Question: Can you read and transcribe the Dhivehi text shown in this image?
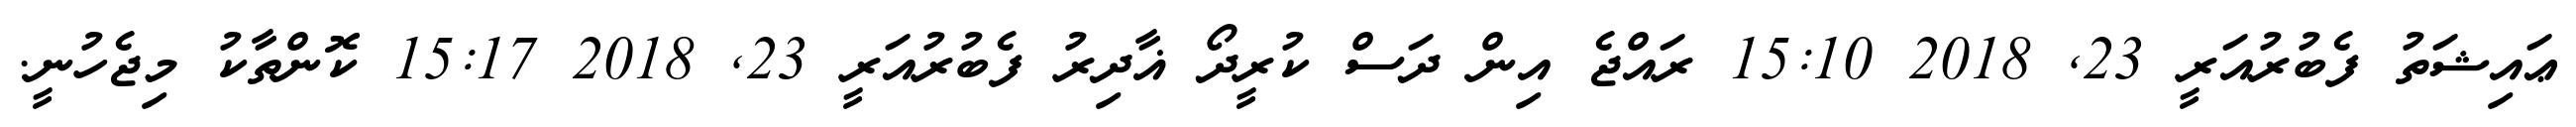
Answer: ޢައިޝަތު ފެބުރުއަރީ 23, 2018 15:10 ރައްޖެ އިން ދަސް ކުރީދޯ ޣާދިރު ފެބުރުއަރީ 23, 2018 15:17 ކޮންތާކު މިޖެހުނީ.